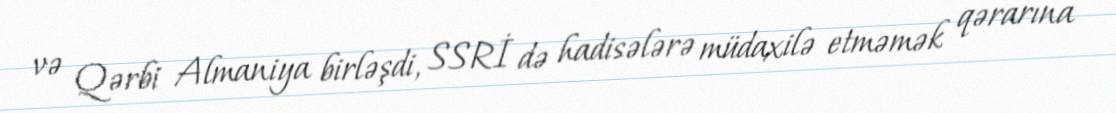
və Qərbi Almaniya birləşdi, SSRİ də hadisələrə müdaxilə etməmək qərarına